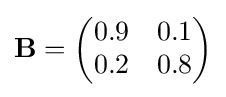
\mathbf {B} ={\begin{pmatrix}0.9&0.1\\0.2&0.8\end{pmatrix}}